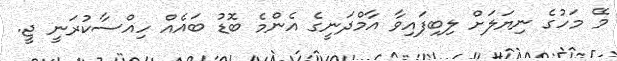
މޭ މަހުގެ ނިޔަލަށް ލިބިފައިވާ އާމްދަނީގެ އެންމެ ބޮޑު ބައެއް ހިއްސާކުރަނީ ޖީ.